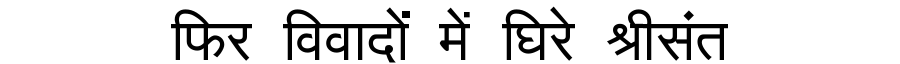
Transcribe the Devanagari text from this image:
फिर विवादों में घिरे श्रीसंत